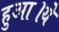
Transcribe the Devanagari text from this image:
हुआ।ये